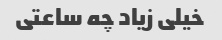
خیلی زیاد چه ساعتی